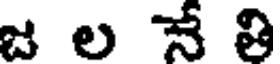
జ ల నే తి